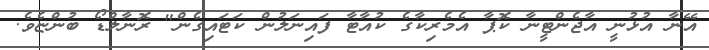
އޭނާ އުޅުނީ އާޖެންޓީނާ ކޮޕާ އެމެރިކާގެ ކުއާޓާ ފައިނަލުން ކަޓައިގެން" ރޮނާލްޑޯ ބުންޏެވެ.